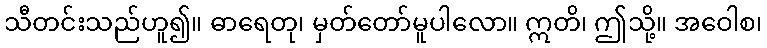
သီတင်းသည်ဟူ၍။ ဓာရေတု၊ မှတ်တော်မူပါလော။ ဣတိ၊ ဤသို့။ အဝေါစ၊